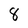
Character: 8